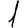
Digit: 1